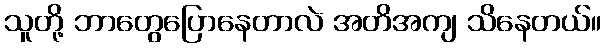
သူတို့ ဘာတွေပြောနေတာလဲ အတိအကျ သိနေတယ်။